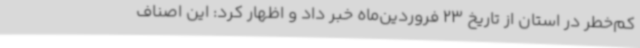
کم‌خطر در استان از تاریخ 23 فروردین‌ماه خبر داد و اظهار کرد: این اصناف